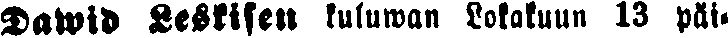
Dawid Leskisen kuluwan Lokakuun 13 päi-